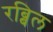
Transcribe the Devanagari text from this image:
रब्बिल